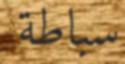
سباطة